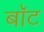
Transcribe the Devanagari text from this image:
बाॅट